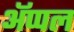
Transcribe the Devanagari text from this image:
अॅप्पल